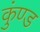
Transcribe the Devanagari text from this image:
कुंण्ड